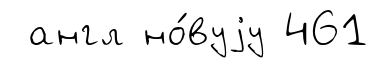
англ но́вуjу 461